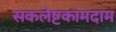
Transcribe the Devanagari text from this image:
सकलेष्टकामदाम